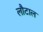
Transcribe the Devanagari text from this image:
लौटाल